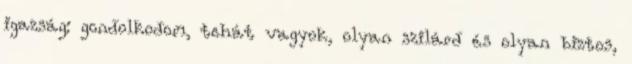
igazság: gondolkodom, tehát vagyok, olyan szilárd és olyan biztos,